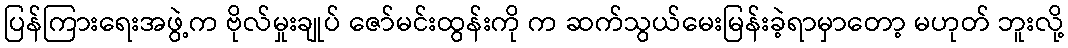
ပြန်ကြားရေးအဖွဲ့က ဗိုလ်မှုးချုပ် ဇော်မင်းထွန်းကို က ဆက်သွယ်မေးမြန်းခဲ့ရာမှာတော့ မဟုတ် ဘူးလို့